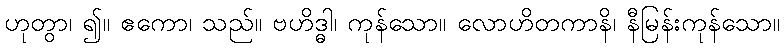
ဟုတွာ၊ ၍။ ဧကော၊ သည်။ ဗဟိဒ္ဓါ၊ ကုန်သော။ လောဟိတကာနိ၊ နီမြန်းကုန်သော။